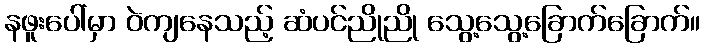
နဖူးပေါ်မှာ ဝဲကျနေသည့် ဆံပင်ညိုညို သွေ့သွေ့ခြောက်ခြောက်။